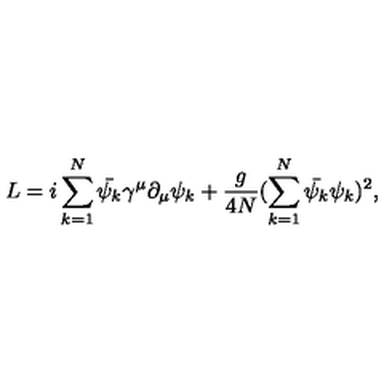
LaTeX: L = i \sum _ { k = 1 } ^ { N } \bar { \psi _ { k } } \gamma ^ { \mu } \partial _ { \mu } \psi _ { k } + \frac { g } { 4 N } ( \sum _ { k = 1 } ^ { N } \bar { \psi _ { k } } \psi _ { k } ) ^ { 2 } ,